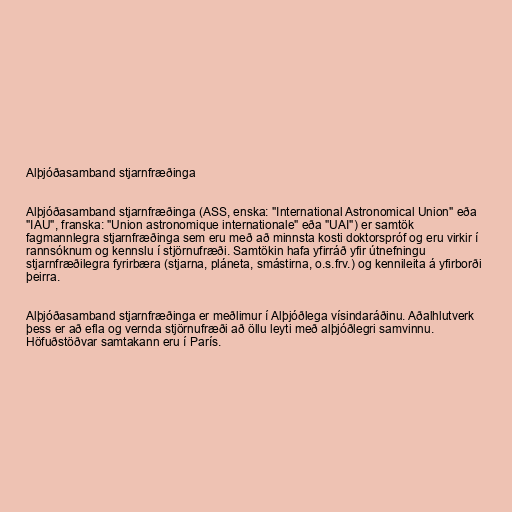
Alþjóðasamband stjarnfræðinga

Alþjóðasamband stjarnfræðinga (ASS, enska: "International Astronomical Union" eða
"IAU", franska: "Union astronomique internationale" eða "UAI") er samtök
fagmannlegra stjarnfræðinga sem eru með að minnsta kosti doktorspróf og eru virkir í
rannsóknum og kennslu í stjörnufræði. Samtökin hafa yfirráð yfir útnefningu
stjarnfræðilegra fyrirbæra (stjarna, pláneta, smástirna, o.s.frv.) og kennileita á yfirborði
þeirra.

Alþjóðasamband stjarnfræðinga er meðlimur í Alþjóðlega vísindaráðinu. Aðalhlutverk
þess er að efla og vernda stjörnufræði að öllu leyti með alþjóðlegri samvinnu.
Höfuðstöðvar samtakann eru í París.